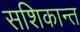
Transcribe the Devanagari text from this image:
सशिकान्त